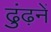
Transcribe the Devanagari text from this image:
ढुंढ़नें